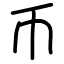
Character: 币